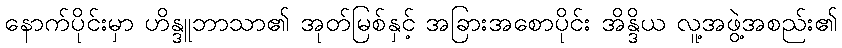
နောက်ပိုင်းမှာ ဟိန္ဒူဘာသာ၏ အုတ်မြစ်နှင့် အခြားအစောပိုင်း အိန္ဒိယ လူ့အဖွဲ့အစည်း၏